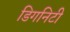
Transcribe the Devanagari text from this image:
डिगनिटी